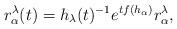
LaTeX: \begin{align*}r_\alpha^\lambda (t)=h_\lambda(t)^{-1}e^{t f(h_\alpha)}r_\alpha^\lambda,\end{align*}